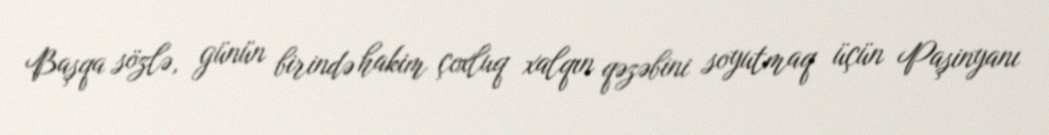
Başqa sözlə, günün birində hakim çoxluq xalqın qəzəbini soyutmaq üçün Paşinyanı